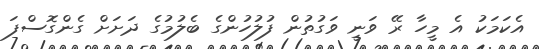
އެކަމަކު އެ މީހާ ރޭ ވަނީ ވަގުތުން ފުލުހުންގެ ބެލުމުގެ ދަށަށް ގެންގޮސްފަ